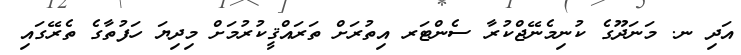
އަދި ނ. މަނަދޫގެ ކުނިމެނޭޖްކުރާ ސެންޓަރ އިތުރަށް ތަރައްޤީކުރުމަށް މިދިޔަ ހަފުތާގެ ތެރޭގައި